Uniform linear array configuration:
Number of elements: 48
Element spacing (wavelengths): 0.5
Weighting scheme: binomial
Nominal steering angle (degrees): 60
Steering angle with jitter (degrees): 60.325
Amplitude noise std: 0.05
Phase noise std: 0.05

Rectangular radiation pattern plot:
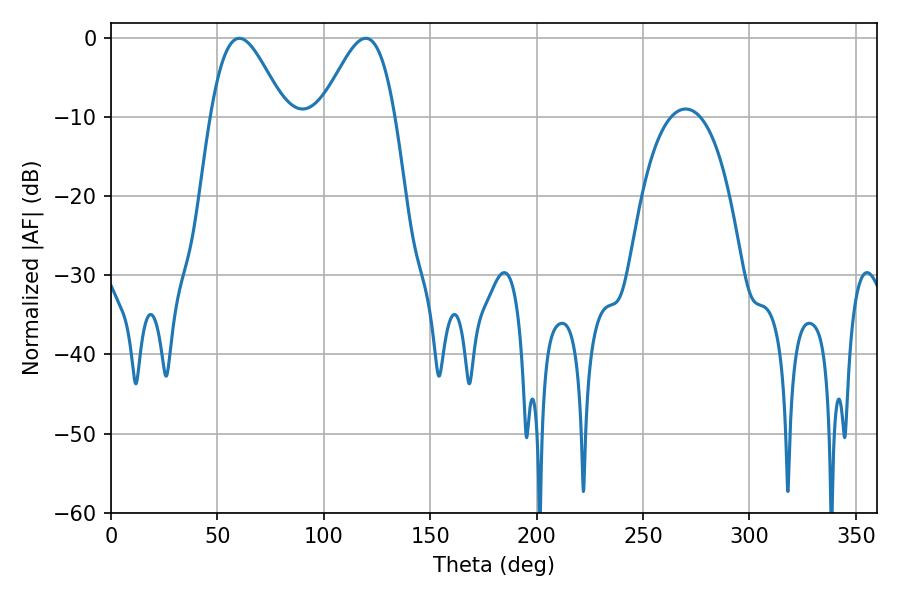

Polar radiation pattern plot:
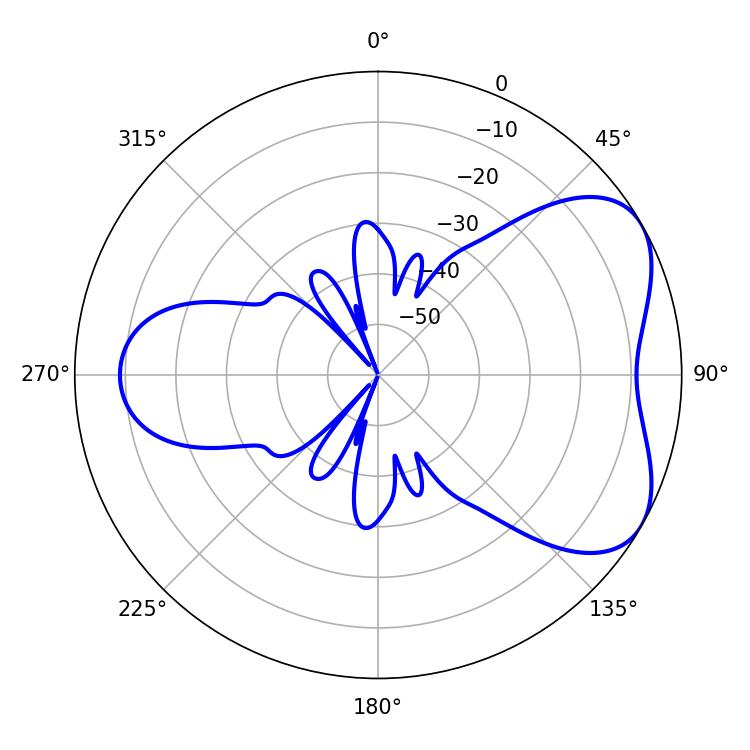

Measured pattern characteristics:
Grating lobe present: FALSE
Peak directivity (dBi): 5.205
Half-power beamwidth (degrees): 18.54
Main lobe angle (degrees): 60.3